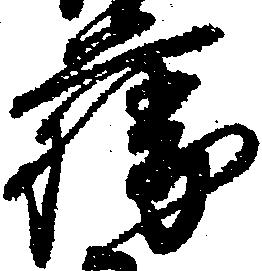
藤